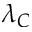
\lambda _ { C }